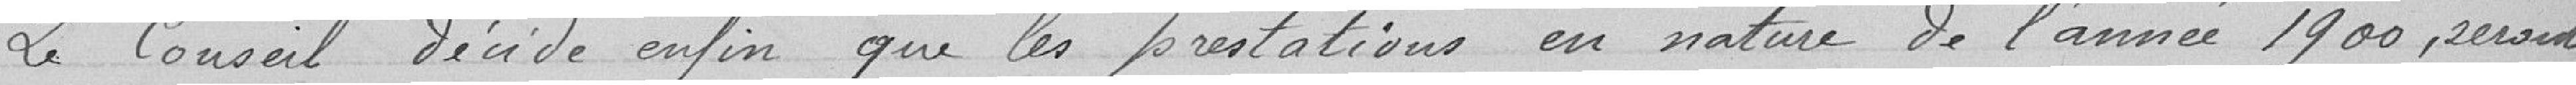
Le Conseil décide enfin que les prestations en nature de l'année 1900, seront